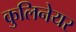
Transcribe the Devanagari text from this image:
कुलिनेयर